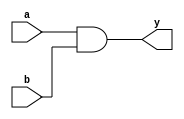
//gate level model of and gate
module AND_gt_lvl(a,b,y);
input a,b;
output y;
and(y,a,b);
endmodule